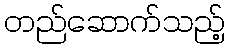
တည်ဆောက်သည့်